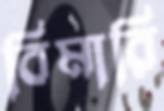
বিমারি